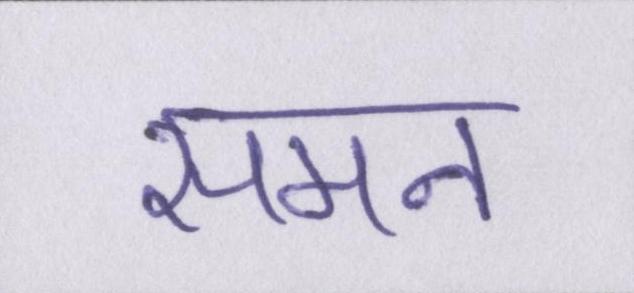
समन